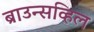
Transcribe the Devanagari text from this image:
ब्राउन्सव्हिल